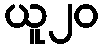
ယူ၂၀